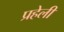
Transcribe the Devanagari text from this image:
प्रहेली